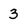
Character: 3